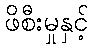
ဖိစီးမှုနှင့်